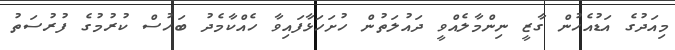
މިއަދުގެ އަޑުއެހުން ގާޒީ ނިންމާލެއްވީ ދައުލަތުން ހުށަހަޅާފައިވާ ހެއްކާމެދު ބަހުސް ކުރުމުގެ ފުރުސަތު